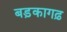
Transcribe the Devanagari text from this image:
बड़कागढ़